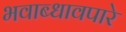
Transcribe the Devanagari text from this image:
भवाब्धावपारे